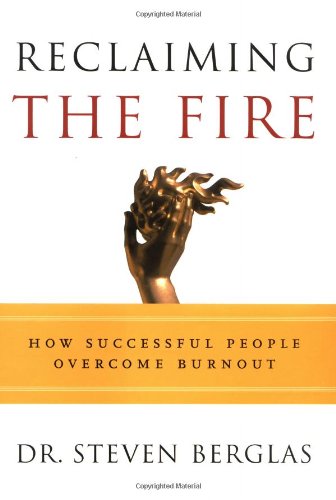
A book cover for Reclaiming the Fire: How Successful People Overcome Burnout; Steven Berglas; Business & Money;